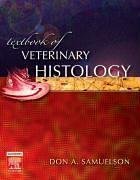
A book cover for Textbook of Veterinary Histology, 1e; Don A. Samuelson MS  PhD; Medical Books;